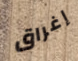
إغراق